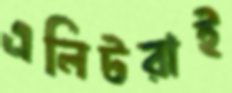
এলিটরাই